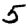
Digit: 5